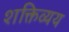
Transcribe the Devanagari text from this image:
शक्तिव्यय